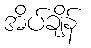
အိပ်ချိန်